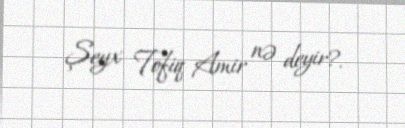
Şeyx Tofiq Amir nə deyir?.